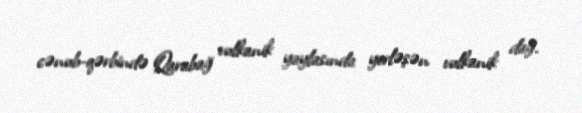
cənub-qərbində Qarabağ vulkanik yaylasında yerləşən vulkanik dağ.